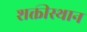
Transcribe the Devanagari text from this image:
शक्तीस्थान